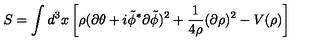
S = \int d ^ { 3 } x \left[ \rho ( \partial \theta + i { \tilde { \phi } } ^ { * } \partial { \tilde { \phi } } ) ^ { 2 } + \frac { 1 } { 4 \rho } ( \partial \rho ) ^ { 2 } - V ( \rho ) \right]